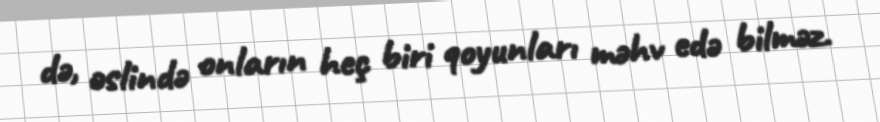
də, əslində onların heç biri qoyunları məhv edə bilməz.